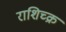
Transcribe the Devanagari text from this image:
राशिच्क्र